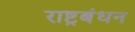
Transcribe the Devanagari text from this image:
राष्ट्रबंधन